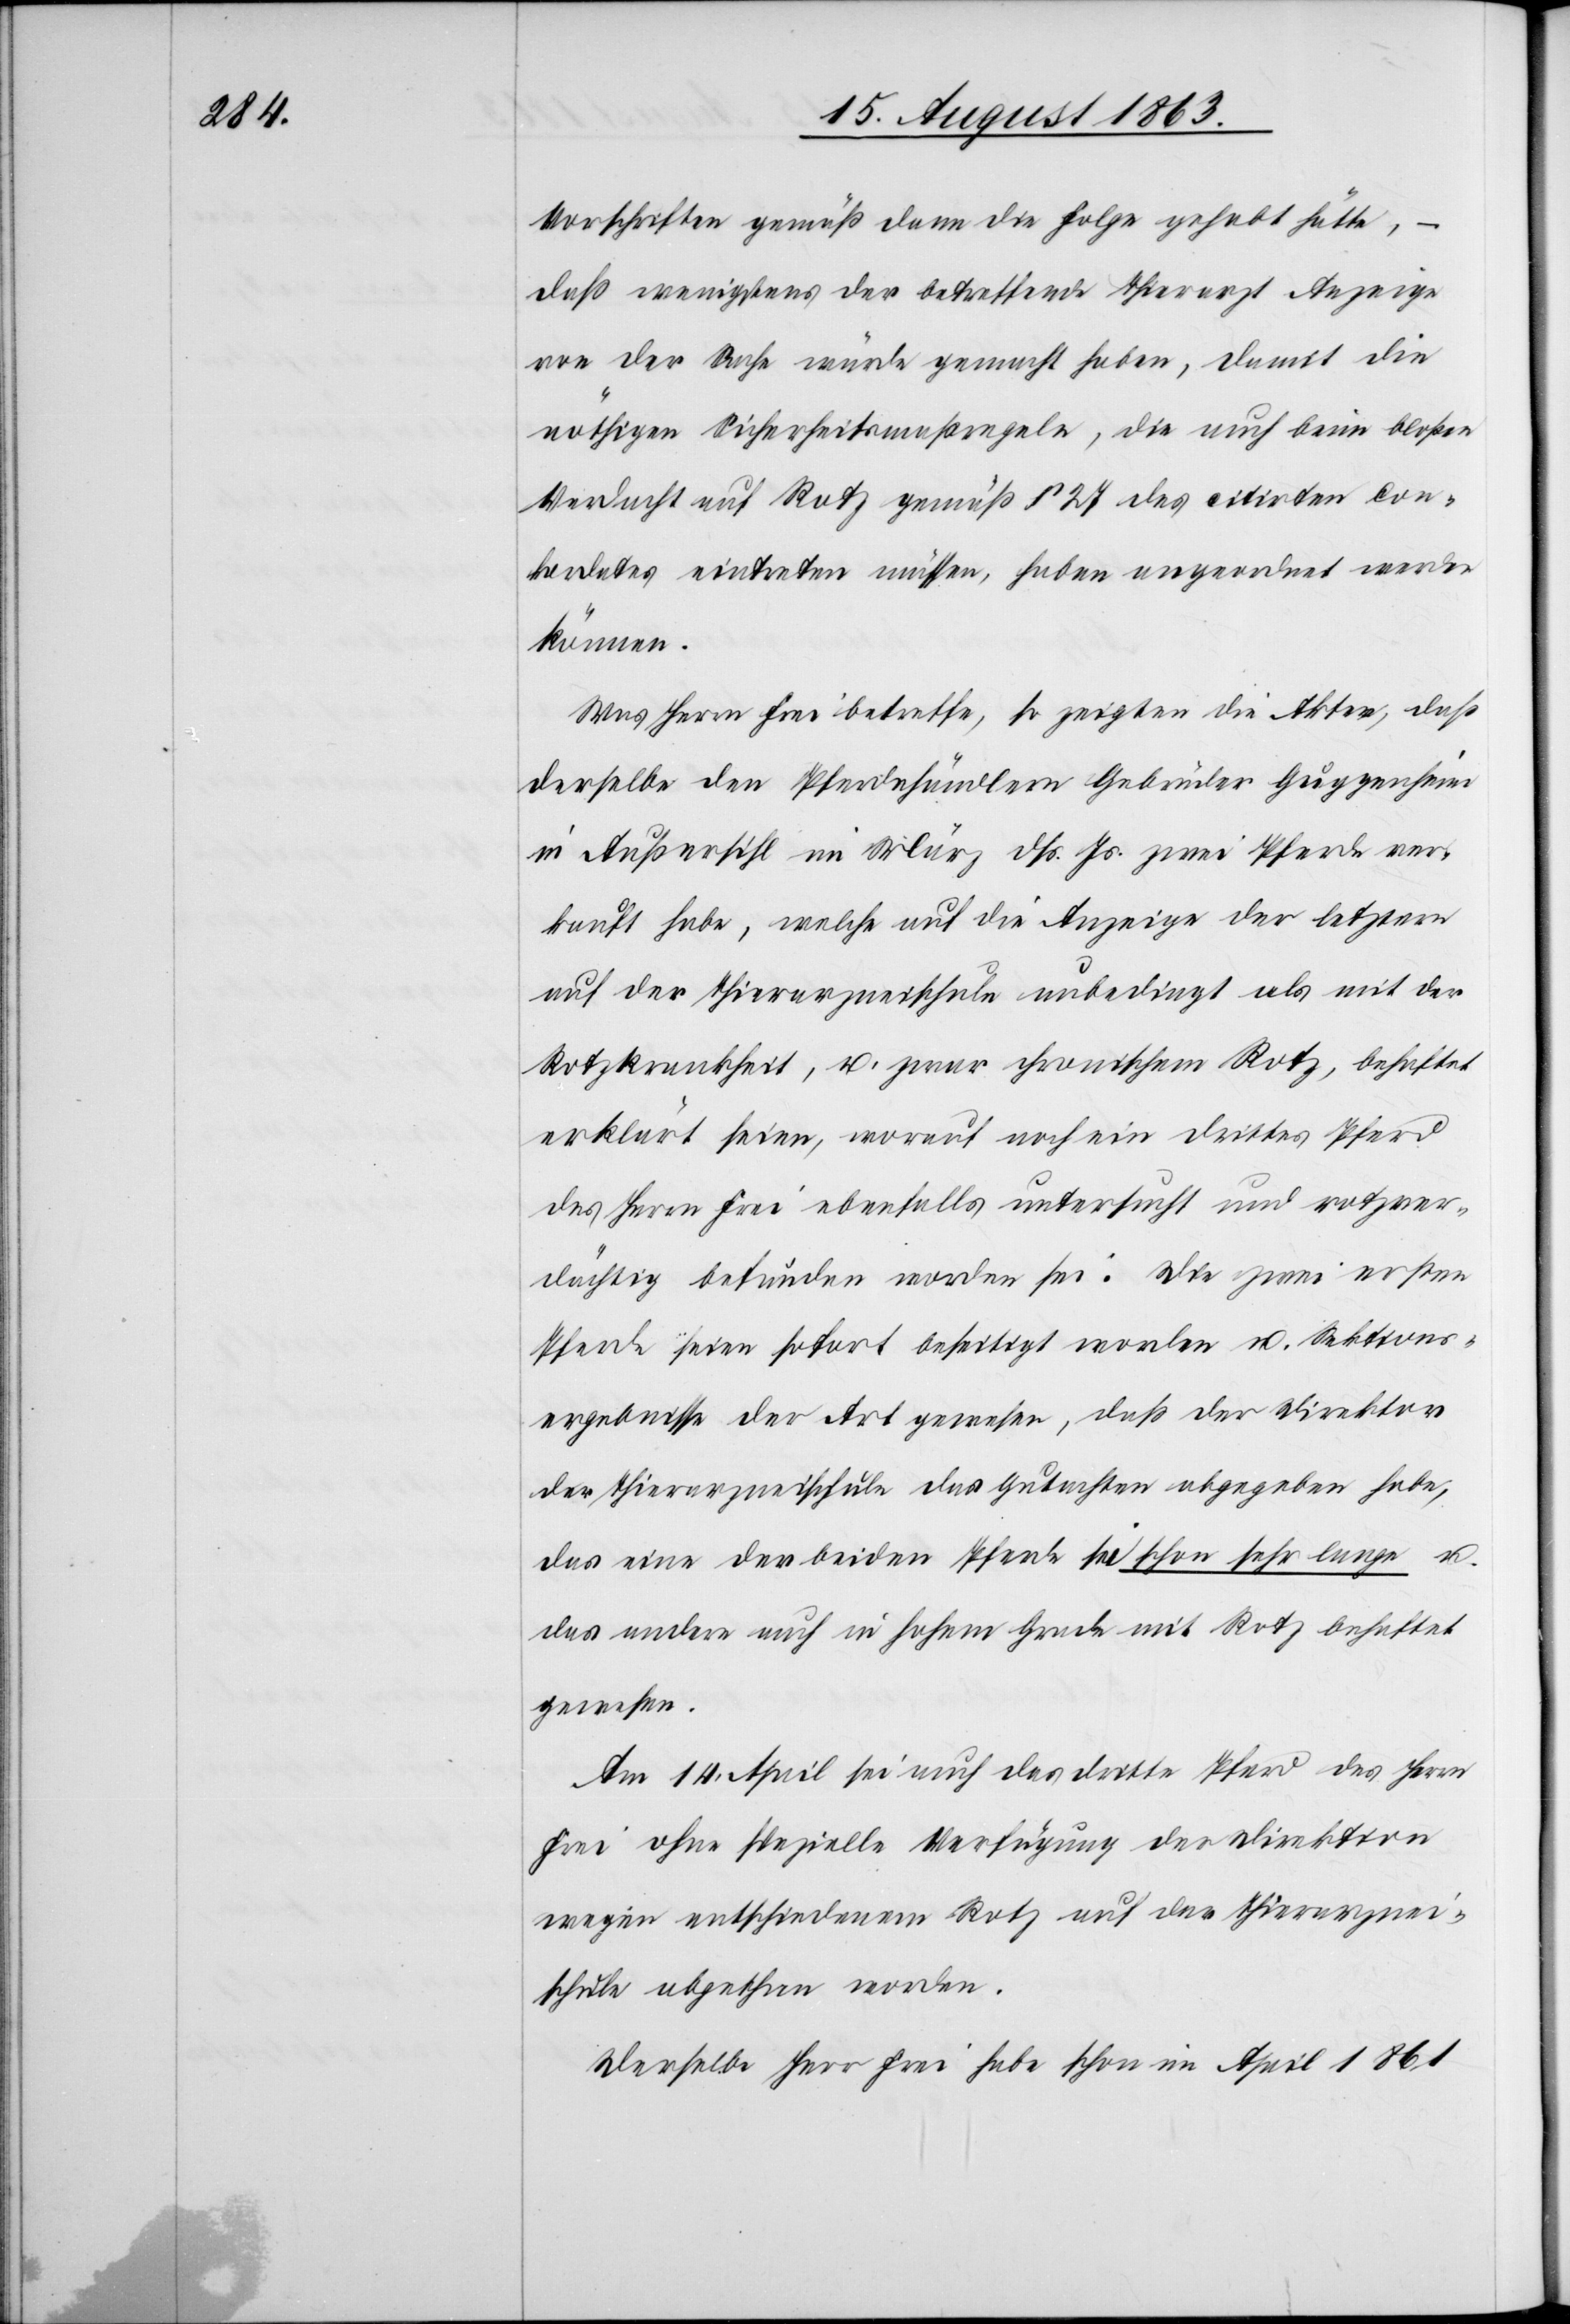
Vorschriften gemäß dann die Folge gehabt hätte, –
daß wenigstens der betreffende Thierarzt Anzeige
von der Sache würde gemacht haben, damit die
nöthigen Sicherheitsmaßregeln, die auch beim bloßen
Verdacht auf Rotz gemäß § 27 des citirten Con¬
kordates eintreten müssen, haben angeordnet werden
können.
Was Herrn Frei betreffe, so zeigten die Akten, daß
derselbe den Pferdehändlern Gebrüder Guggenheim
in Außersihl im März dß. Js. zwei Pferde ver¬
kauft habe, welche auf die Anzeige der letztern
auf der Thierarzneischule unbedingt als mit der
Rotzkrankheit, u. zwar chronischem Rotz, behaftet
erklärt seien, worauf noch ein drittes Pferd
des Herrn Frei ebenfalls untersucht und rotzver¬
dächtig befunden worden sei. Die zwei ersten
Pferde seien sofort beseitigt worden u. Sektions¬
ergebnisse der Art gewesen, daß der Direktor
der Thierarzneischule das Gutachten abgegeben habe,
das eine der beiden Pferde sei schon sehr lange u.
das andere auch in hohem Grade mit Rotz behaftet
gewesen.
Am 14. April sei auch das dritte Pferd des Herrn
Frei ohne spezielle Verfügung der Direktion
wegen entschiedenem Rotz auf der Thierarznei¬
schule abgethan worden.
Derselbe Herr Frei habe schon im April 1861